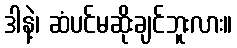
ဒါနဲ့၊ ဆံပင်မဆိုးချင်ဘူးလား။